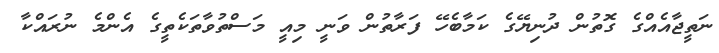
ނަތީޖާއެއްގެ ގޮތުން ދުނިޔޭގެ ކަމާބެހޭ ފަރާތުން ވަނީ މިއީ މަސްތުވާތަކެތީގެ އެންމެ ނުރައްކާ